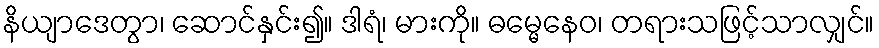
နိယျာဒေတွာ၊ ဆောင်နှင်း၍။ ဒါရံ၊ မားကို။ ဓမ္မေနေဝ၊ တရားသဖြင့်သာလျှင်။